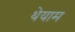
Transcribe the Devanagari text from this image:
थेयाम